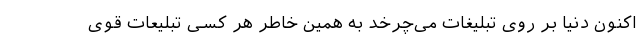
اکنون دنیا بر روی تبلیغات می‌چرخد به همین خاطر هر کسی تبلیعات قوی